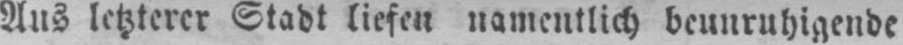
Aus letzterer Stadt liefen namentlich beunruhigende